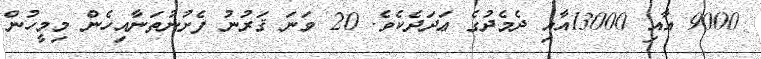
9000 އާއި 13000އާއި ދެމެދުގެ ޢަދަދެކެވެ. 20 ވަނަ ޤަރުނު ފެށުނުތަނާއިހެން މިމީހުން